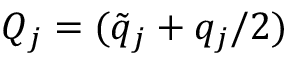
Q _ { j } = ( \tilde { q } _ { j } + q _ { j } / 2 )